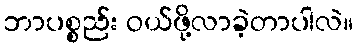
ဘာပစ္စည်း ဝယ်ဖို့လာခဲ့တာပါလဲ။